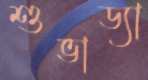
শুভাড্যা